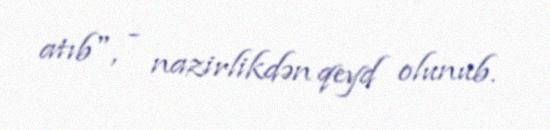
atıb", - nazirlikdən qeyd olunub.